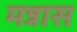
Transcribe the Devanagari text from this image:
मन्नास